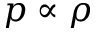
p \propto \rho